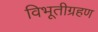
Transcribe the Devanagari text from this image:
विभूतीग्रहण